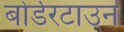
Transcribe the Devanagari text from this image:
बोर्डरटाउन